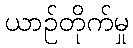
ယာဉ်တိုက်မှု